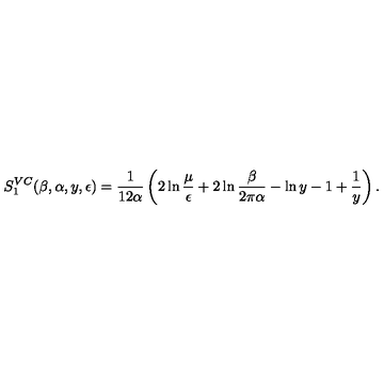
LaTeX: S _ { 1 } ^ { V C } ( \beta , \alpha , y , \epsilon ) = { \frac { 1 } { 1 2 \alpha } } \left( 2 \ln { \frac { \mu } { \epsilon } } + 2 \ln { \frac { \beta } { 2 \pi \alpha } } - \ln y - 1 + \frac 1 y \right) .